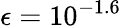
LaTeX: \epsilon=10^{-1.6}